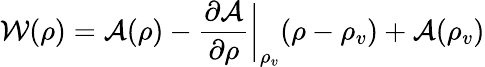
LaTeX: \mathcal{W}(\rho)=\mathcal{A}(\rho)-\frac{\partial\mathcal{A}}{\partial\rho}\bigg\vert_{\rho_{v}}(\rho-\rho_{v})+\mathcal{A}(\rho_{v})